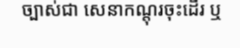
ច្បាស់ជា សេនាកណ្តុរចុះដើរ ឬ